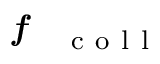
\textbf { \textit { f } } _ { \mathrm { ~ c ~ o ~ l ~ l ~ } }